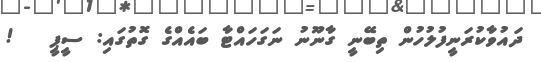
ދައުވާކުރަނީފުލުހުން ތިބޭނީ ގާނޫނު ނަގަހައްޓާ ބައެއްގެ ގޮތުގައި: ސީޕީ   !